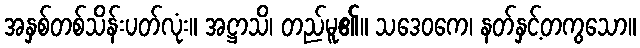
အနှစ်တစ်သိန်းပတ်လုံး။ အဋ္ဌာသိ၊ တည်မူ၏။ သဒေဝကေ၊ နတ်နှင့်တကွသော။